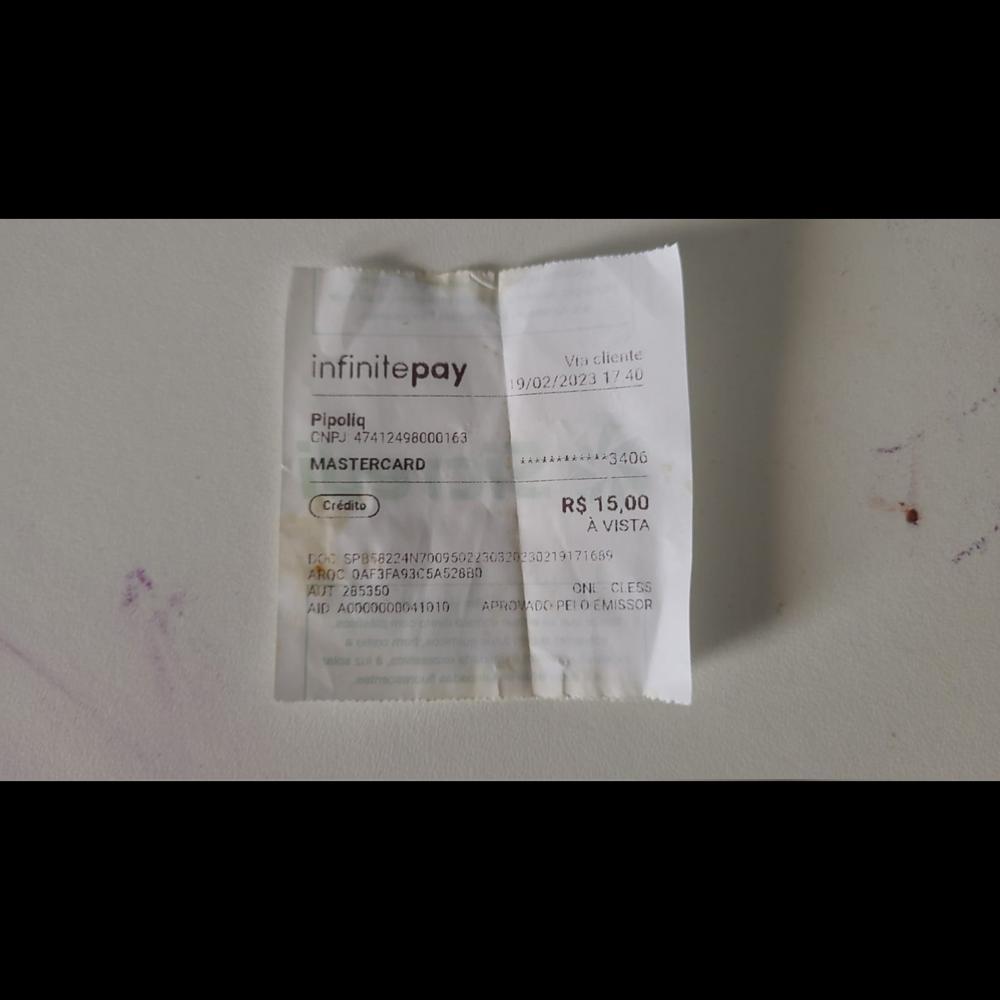
Vacliente 19/02/20231740 infinitepay Pipoliq CNPJ 47412498000163 MASTERCARD Crédito ****3400 R$15,00 AVISTA Do SP8K8224N7D095022082230219171639 AROC OAF3FA93C5A528B0 AUT 285350 AID A0000000041010 APROV ADOPELOEMISSOR ONI CLESS